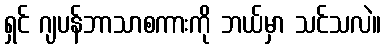
ရှင် ဂျပန်ဘာသာစကားကို ဘယ်မှာ သင်သလဲ။